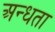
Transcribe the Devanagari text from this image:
अन्‍धता